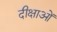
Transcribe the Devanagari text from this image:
दीक्षाओं